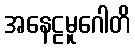
အနေဠမူဂေါတိ